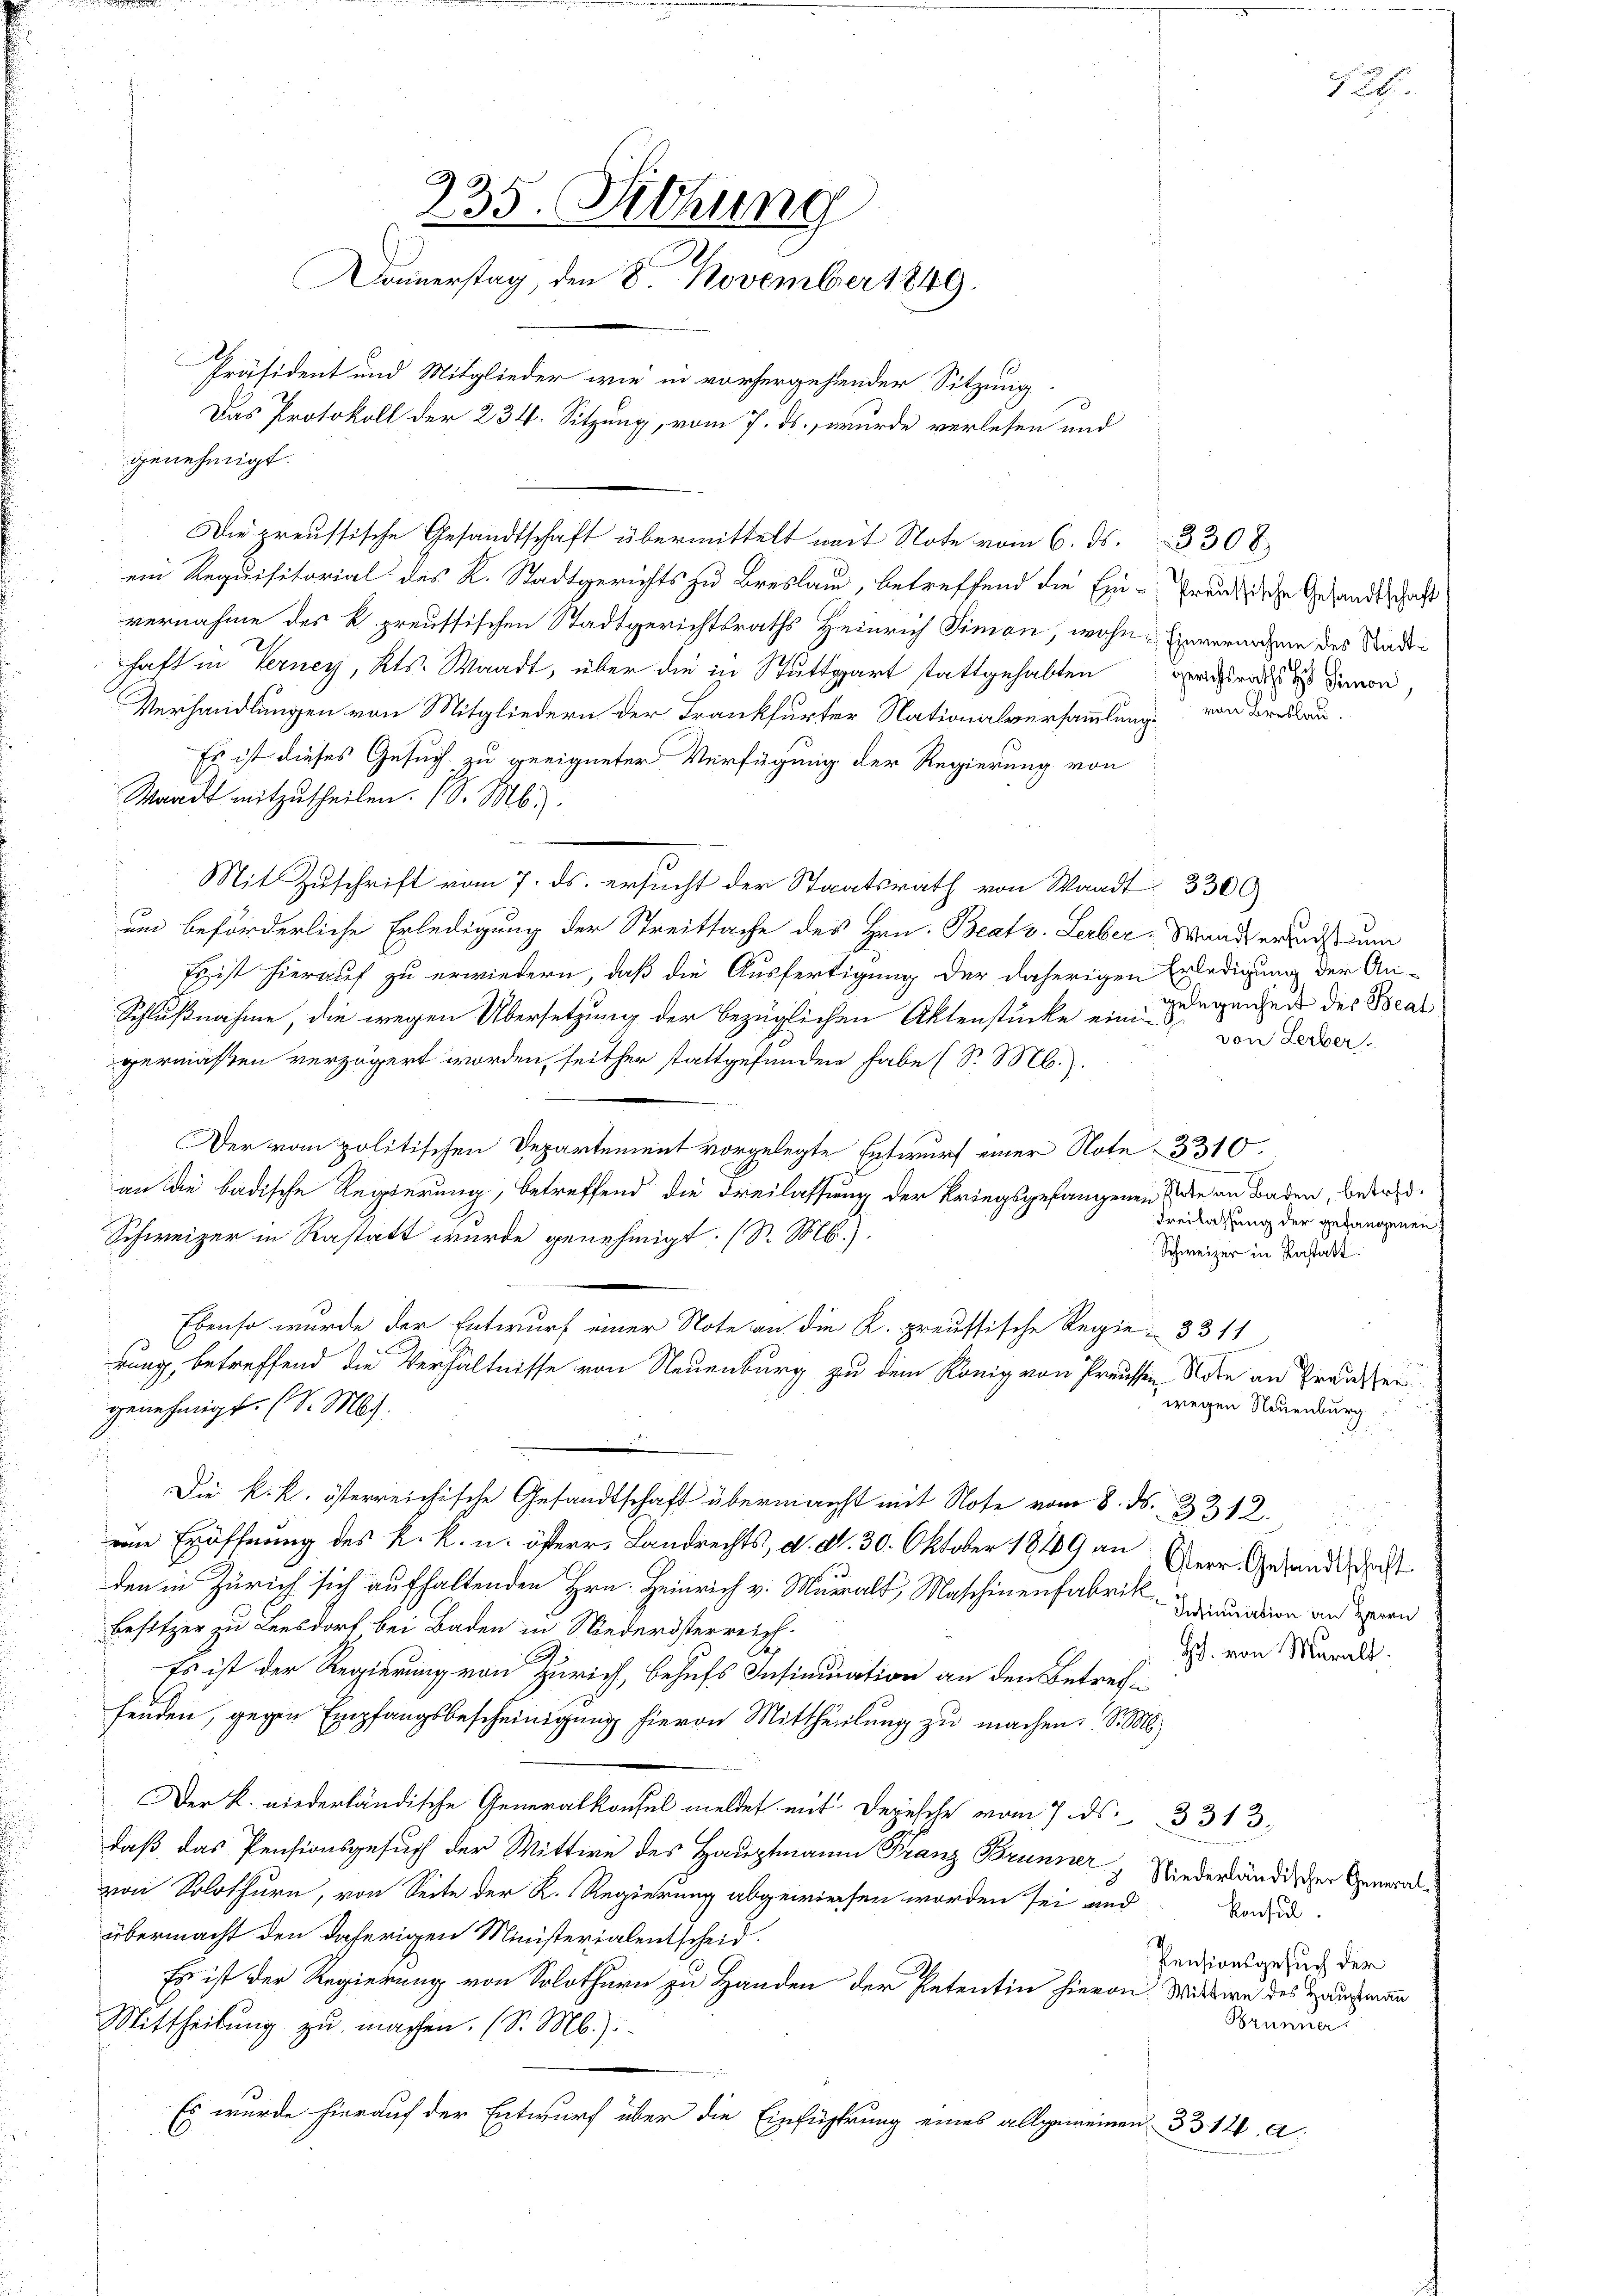
235. Siehung
Donnerstag, den 8. November 1849.
Präsident und Mitglieder wie in vorhergehender Sitzung
Das Protokoll der 234. Sitzung, vom 7. ds., wurde verlesen und
genehmigt.

Die preussische Gesandtschaft übermittelt mit Note vom 6. ds. 3 30 x
ein Requisitorial des K. Stadtgerichts zu Breslau, betreffend die Ein-Preußische Gesandtschaft
vernahme des K. preussischen Stadtgerichtsraths Heinrich Simon, wohne Einverarchen des Stadthaft in Verney, Kts. Waadt, über die in Stuttgart stattgehabten ihr davon
Verhandlungen von Mitgliedern der Frankfurter Nationalversammlung von Breslau.
Es ist dieses Gesuch zu geeigneter Verfügung der Regierung von
Waadt mitzutheilen. (S. M.
Mit Zuschrift vom 7. ds. ersucht der Staatsrath von Waadt 3300
um beförderliche Erledigung der Streitsache des Hrn. Beatv. Leiber-Wanderend um
Es ist hierauf zu erwiedern, daß die Ausfertigung der daherigen Erledigung der An-
Schlußnahme, die wegen Übersetzung der bezüglichen Aktenstücke ein es ganzen des Beargermaßen verzögert worden, seither stattgefunden habe (S. M.).
Der vom politischen Departement vorgelegte Entwurf einer Note 3310.
an die badische Regierung, betreffend die Freilassung der Kriegsgefangenen Erde an Baden, betret¬
Schweizer in Rastatt wurde genehmigt. (S. M.).
Ebenso wurde der Entwurf einer Note an die K. preussische Regie- 3311
rung, betreffend die Verhältnisse von Neuenburg zu dem König von Preussen Note an Preusser
wegen Neuenburg
genehmigt. (S. M.
Die k. k. österreichische Gesandtschaft übermacht mit Note vom 8. ds. 3312.
ene Eröffnung des K. K. u. öfterer Landrechts, d. d. 30. Oktober 1849 an Herr Gesandtacht
den in Zürich sich aufhaltenden Hrn. Heinrich v. Muralt, Maschinenfabrik Iraurien an den
Besitzer zu Lensdorf bei Baden in Niederösterreich.
Hch. von Muralt.
Es ist der Regierung von Zürich, behufs Insinuation an den Betreffenden, gegen Empfangsbescheinigung hievon Mittheilung zu machen. So s
Der K. niederländische Generalkonsel meldet mit Depesche vom 7. ds. 3313,
daß das Pensionsgesuch der Wittwe des Hauptmann Franz Brunner Niederländischer Generalzon Solothurn, von Seite der R. Regierung abgewiesen worden sei und
Konsul
übermacht den daherigen Ministerialentscheid.
Pensionsgesuch der
Es ist der Regierung von Solothurn zu Handen der Petentin hievon Witwe des Hausmann
Brunner
Mittheilung zu machen. (S. M.):
Es wurde hierauf der Entwurf über die Einführung eines allgemeinen 33. 12. a.

von Lerber

Freilassung der gefangenen
Schweizer in Rastatt.

2.